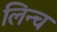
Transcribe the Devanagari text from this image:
लिन्च